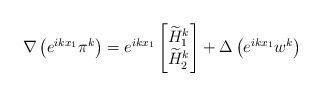
LaTeX: \begin{align*}\nabla \left(e^{ikx_1} \pi^k\right)= e^{ikx_1} \begin{bmatrix}\widetilde H_{1}^{k}\\\widetilde H_{2}^{k}\end{bmatrix}+\Delta \left(e^{ikx_1} w^k\right)\end{align*}